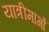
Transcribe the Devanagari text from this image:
यात्रीमार्गो